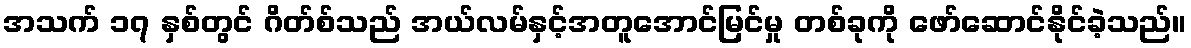
အသက် ၁၇ နှစ်တွင် ဂိတ်စ်သည် အယ်လမ်နှင့်အတူအောင်မြင်မှု တစ်ခုကို ဖော်ဆောင်နိုင်ခဲ့သည်။